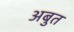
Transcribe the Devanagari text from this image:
अबुत